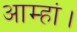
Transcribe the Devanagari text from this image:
आम्हां।